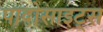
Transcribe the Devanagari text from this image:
पादोसाइट्स